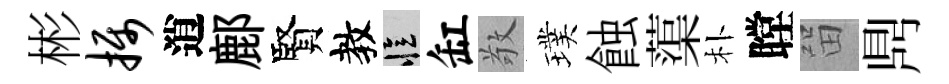
彬摄逍鄜賢教忆缸敬璞蝕蕖朴瞠㽞𪔂